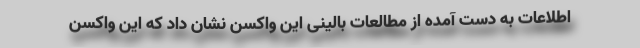
اطلاعات به دست آمده از مطالعات بالینی این واکسن نشان داد که این واکسن